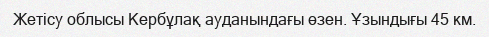
Жетісу облысы Кербұлақ ауданындағы өзен. Ұзындығы 45 км.